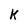
Character: k